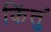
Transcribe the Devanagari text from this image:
किंतुं